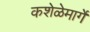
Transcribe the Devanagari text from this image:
कशेळेमार्गे